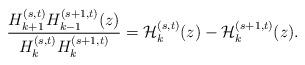
LaTeX: \begin{align*}\frac{H_{k+1}^{(s,t)}H_{k-1}^{(s+1,t)}(z)}{H_{k}^{(s,t)}H_{k}^{(s+1,t)}}={\cal H}_k^{(s,t)}(z)-{\cal H}_{k}^{(s+1,t)}(z).\end{align*}